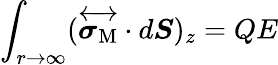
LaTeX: \int_{r\to\infty}(\overleftrightarrow{\boldsymbol{\sigma}_{\mathrm{M}}}\cdot d\boldsymbol{S})_{z}=QE